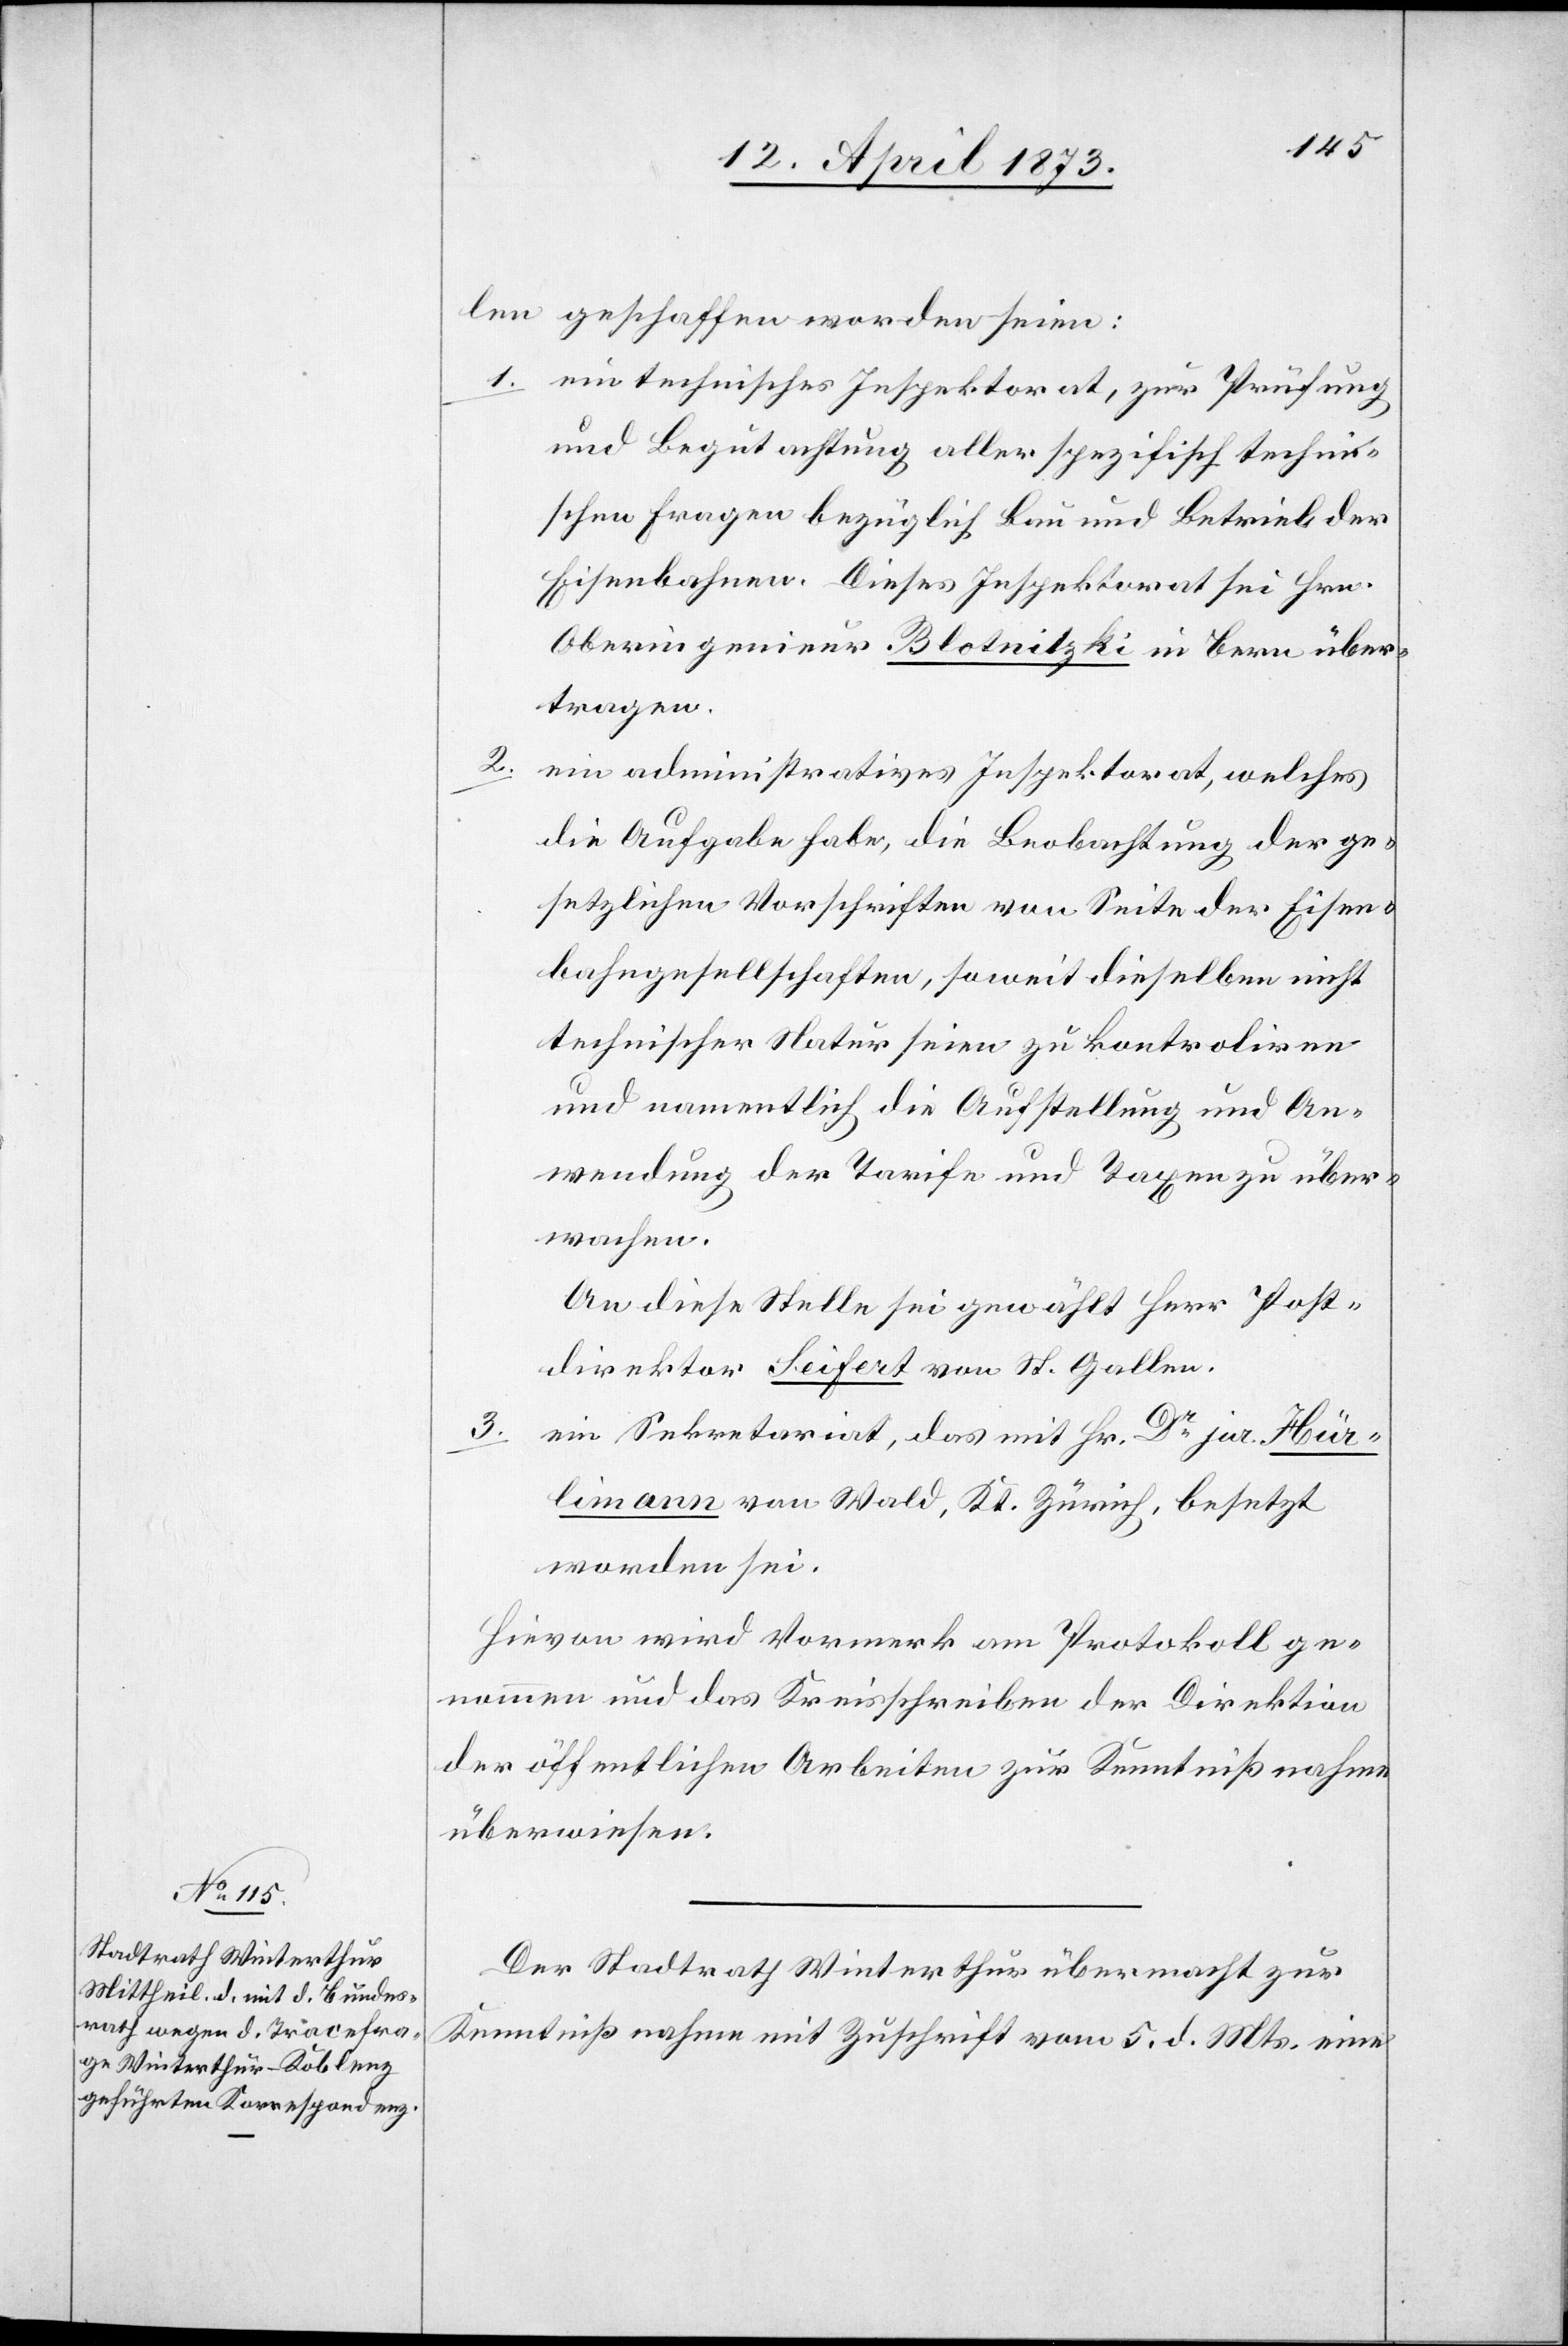
len geschaffen worden seien:
1. ein technisches Inspektorat, zur Prüfung
und Begutachtung aller spezifisch techni¬
schen Fragen bezüglich Bau und Betrieb der
Eisenbahnen. Dieses Inspektorat sei Hrn.
Oberingenieur Blotnitzki in Bern über¬
tragen.
2. ein administratives Inspektorat, welches
die Aufgabe habe, die Beobachtung der ge¬
setzlichen Vorschriften von Seite der Eisen¬
bahngesellschaften, soweit dieselben nicht
technischer Natur seien zu kontroliren
und namentlich die Aufstellung und An¬
wendung der Tarife und Taxen zu über¬
wachen.
An diese Stelle sei gewählt Herr Post¬
direktor Seifert von St. Gallen.
3.
Ein Sekretariat, das mit Hr. Dr jur. Hür¬
limann von Wald, Kt. Zürich, besetzt
worden sei.
Hievon wird Vormerk am Protokoll ge¬
nommen und das Kreisschreiben der Direktion
der öffentlichen Arbeiten zur Kenntnißnahme
überwiesen.
Der Stadtrath Winterthur übermacht zur
Kenntnisnahme mit Zuschrift vom 5. d. Mts. eine